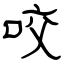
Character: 咬